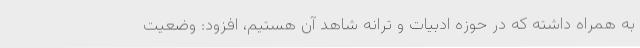
به همراه داشته که در حوزه ادبیات و ترانه شاهد آن هستیم، افزود: وضعیت